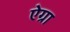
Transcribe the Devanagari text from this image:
ऐग्रा